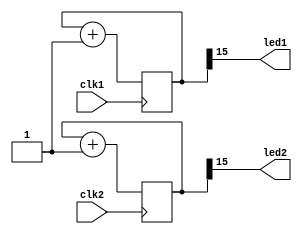
// Copyright 2020-2022 F4PGA Authors
//
// Licensed under the Apache License, Version 2.0 (the "License");
// you may not use this file except in compliance with the License.
// You may obtain a copy of the License at
//
//     http://www.apache.org/licenses/LICENSE-2.0
//
// Unless required by applicable law or agreed to in writing, software
// distributed under the License is distributed on an "AS IS" BASIS,
// WITHOUT WARRANTIES OR CONDITIONS OF ANY KIND, either express or implied.
// See the License for the specific language governing permissions and
// limitations under the License.
//
// SPDX-License-Identifier: Apache-2.0

module top (
    input  clk1,
    clk2,
    output led1,
    led2
);

  reg [15:0] counter1 = 0;
  reg [15:0] counter2 = 0;

  assign led1 = counter1[15];
  assign led2 = counter2[15];

  always @(posedge clk1) counter1 <= counter1 + 1;

  always @(posedge clk2) counter2 <= counter2 + 1;

endmodule